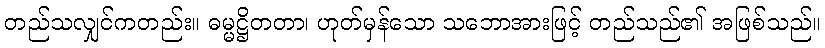
တည်သလျှင်ကတည်း။ ဓမ္မဋ္ဌိတတာ၊ ဟုတ်မှန်သော သဘောအားဖြင့် တည်သည်၏ အဖြစ်သည်။